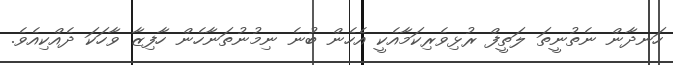
ހަނދާން ނެތުނީތަ ލަތީފް ރުޅިވެރިކަމާއެކީ އެހެން ބުނެ ނިމުނުތަނާހެން ހާފިޒާ ވާހަކަ ދެއްކިއެވެ.